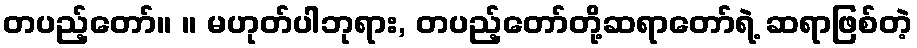
တပည့်တော်။ ။ မဟုတ်ပါဘုရား, တပည့်တော်တို့ဆရာတော်ရဲ့ ဆရာဖြစ်တဲ့